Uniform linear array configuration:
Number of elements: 64
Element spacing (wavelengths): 1
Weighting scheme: blackman
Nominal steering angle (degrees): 0
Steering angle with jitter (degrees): -0.5182
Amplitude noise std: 0.05
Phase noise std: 0.05

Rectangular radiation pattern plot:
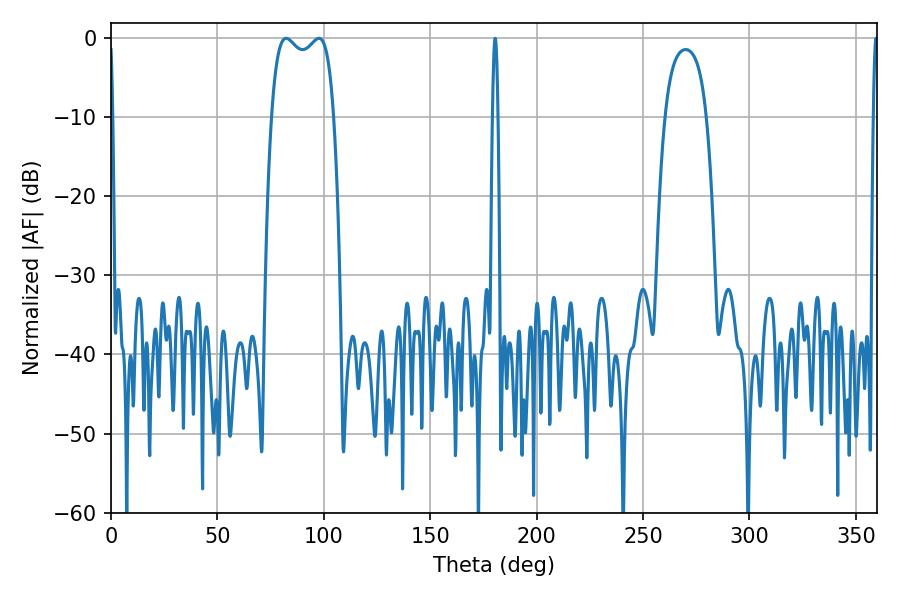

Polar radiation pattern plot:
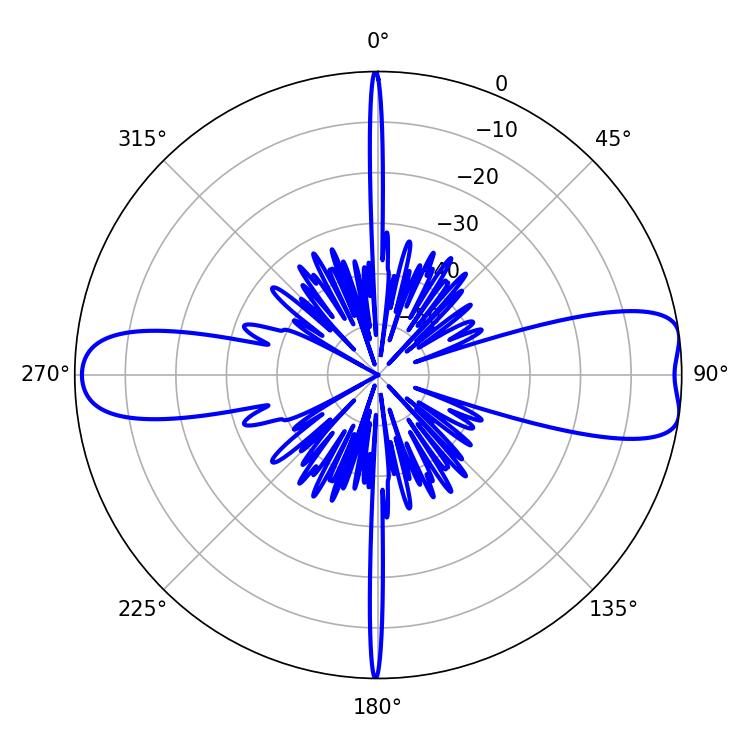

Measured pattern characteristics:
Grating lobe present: TRUE
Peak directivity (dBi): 9.767
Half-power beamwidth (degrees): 24.12
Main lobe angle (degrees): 82.26